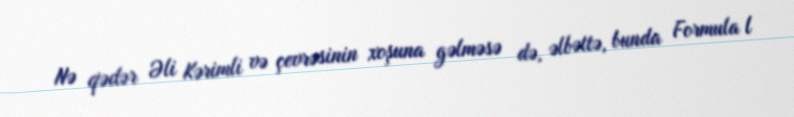
Nə qədər Əli Kərimli və çevrəsinin xoşuna gəlməsə də, əlbəttə, bunda Formula l